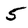
Character: 5